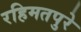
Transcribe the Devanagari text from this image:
रहिमतपुरे